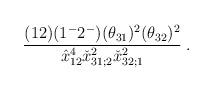
LaTeX: \begin{align*}{(12)(1^-2^-)(\theta_{31})^2(\theta_{32})^2\over \hat x^4_{12}\check x^2_{31;2}\check x^2_{32;1}} \;.\end{align*}